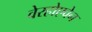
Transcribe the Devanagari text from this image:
वेरहोएवेन